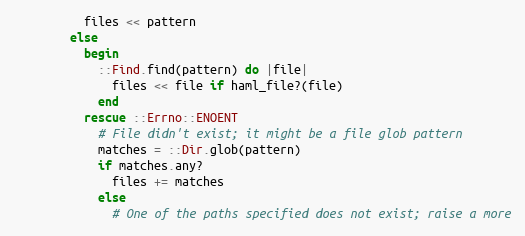
Language: Ruby
          files << pattern
        else
          begin
            ::Find.find(pattern) do |file|
              files << file if haml_file?(file)
            end
          rescue ::Errno::ENOENT
            # File didn't exist; it might be a file glob pattern
            matches = ::Dir.glob(pattern)
            if matches.any?
              files += matches
            else
              # One of the paths specified does not exist; raise a more